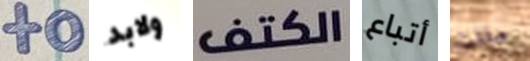
to ولابد الكتف أتباع مللت